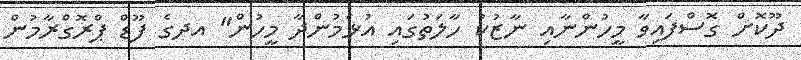
ދޫކޮށް ގޮސްފައިވާ މީހުންނާއި ނާޒުކު ހާލަތުގައި އުޅެމުންދާ މީހުން" އދގެ ފޫޑް ޕްރޮގްރާމުން